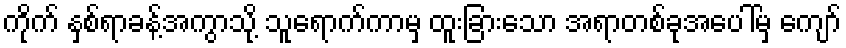
ကိုက် နှစ်ရာခန့်အကွာသို့ သူရောက်ကာမှ ထူးခြားသော အရာတစ်ခုအပေါ်မှ ကျော်